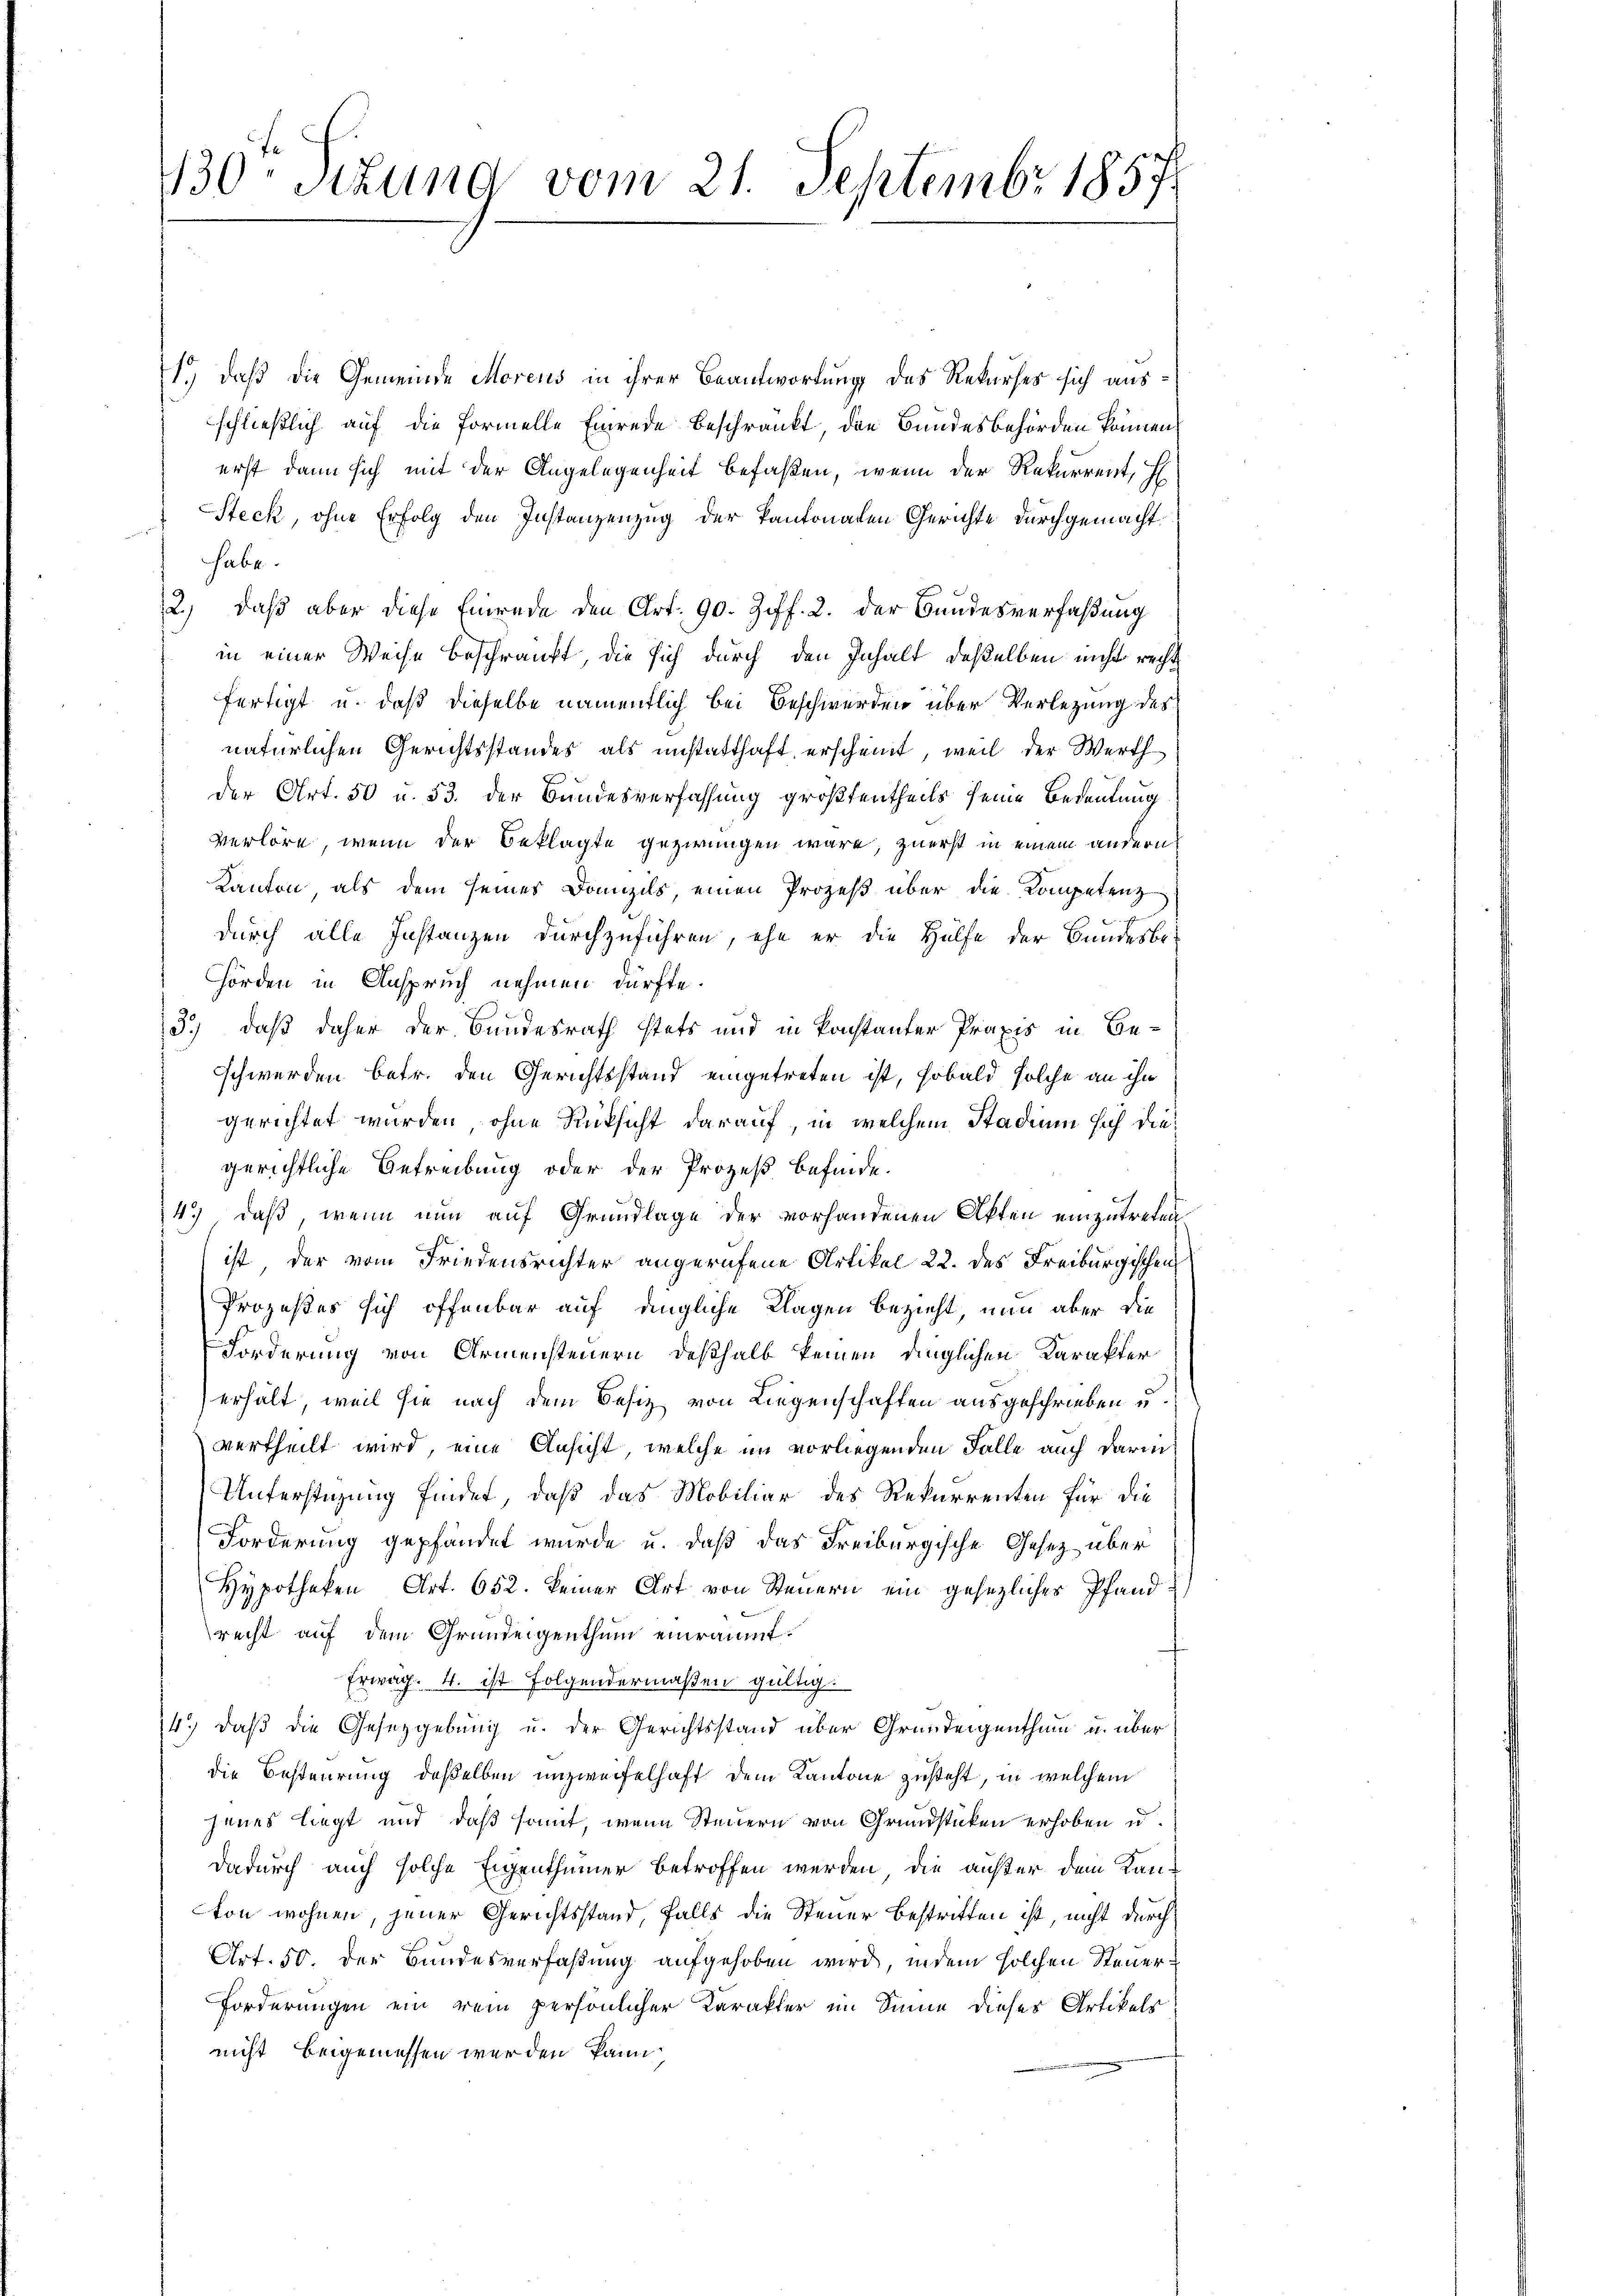
130 Stund vom 21. Septembr 1857

1.) daß die Gemeinde Morens in ihrer Beantwortung des Rekurses sich ausschließlich auf die Formelle Einrede Beschränkt, die Bundesbehörden können
erst dann sich mit der Angelegenheit befaßen, wenn der Rekurrent, H
 Steck, ohne Erfolg den Instanzenzug der kantonalen Gerichte durchgemacht
habe.
2.) daß aber diese Einrede den Art. 90. Ziff. 2. der Bundesverfaßung
in einer Weise beschränkt, die sich durch den Inhalt deßelben nicht recht
fertigt u. daß dieselbe namentlich bei Beschwerden über Verletzung des
natürlichen Gerichtsstandes als unstatthaft erscheint, weil der Werth
der Art. 50 u. 53. der Bundesverfassung größtentheils seine Bedeutung
Verlöre, wenn der Beklagte gezwungen wäre, zuerst in einem andern
Kanton, als dem seines Domizils, einen Prozeß über die Kompetenz
durch alle Instanzen durchzuführen, ehe er die Hülfe der Bundesbehörden in Anspruch nehmen dürfte.
3.) daß daher der Bundesrath stets und in konstanter Praxis in Be-
Schwerden betr. den Gerichtsstand eingetreten ist, sobald solche an ihn
gerichtet wurden, ohne Rüksicht darauf, in welchem Stadium sich diegerichtliche Betreibung oder der Prozeß befinde.
4.) daß, wenn nun auf Grundlage der vorhandenen Akten einzutretenist, der vom Friedensrichter angerufene Artikel 22. des Freiburgischen
Prozeßes sich offenbar auf dingliche Klagen bezieht, nun aber die
Forderung von Armensteuern, deßhalb keinen dinglichen Karakter
erhält, weil sie nach dem Besiz von Liegenschaften ausgeschrieben u.
vertheilt wird, eine Ansicht, welche im vorliegenden Falle auch darin
Unterstüzung findet, daß das Mobiliar des Rekurrenten für die
Forderung gepfändet wurde u. daß das Freiburgische Gesetz über
Hypotheken Art. 652. keiner Art von Steuern ein gesezliches Pfand
recht auf dem Grundeigenthum einräumt.
Erwäg. 4. ist Folgendermaßen gültig.
4.) daß die Gesetzgebung u. der Gerichtsstand über Grundeigenthum u. über
die Besteurung deßelben unzweifelhaft dem Kantone zusteht, in welchem
jenes liegt und daß somit, wenn Steuern von Grundstücken erhoben u.
dadurch auch solche Eigenthümer betroffen werden, die außer dem Kanton wohnen, jener Gerichtsstand, falls die Steuer Bestritten ist, nicht durch
Art. 50. der Bundesverfaßung aufgehoben wird, indem solchen Steuer¬
Forderungen ein rein persönlicher Karakter im Sinne dieses Artikels
nicht beigemessen werden kann.